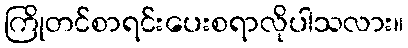
ကြိုတင်စာရင်းပေးစရာလိုပါသလား။